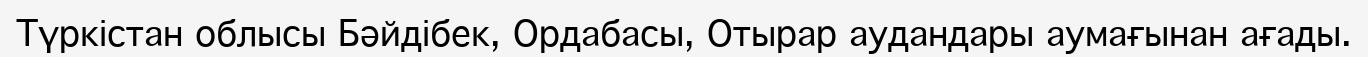
Түркістан облысы Бәйдібек, Ордабасы, Отырар аудандары аумағынан ағады.